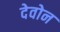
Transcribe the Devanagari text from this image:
देवोन